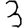
Digit: 3